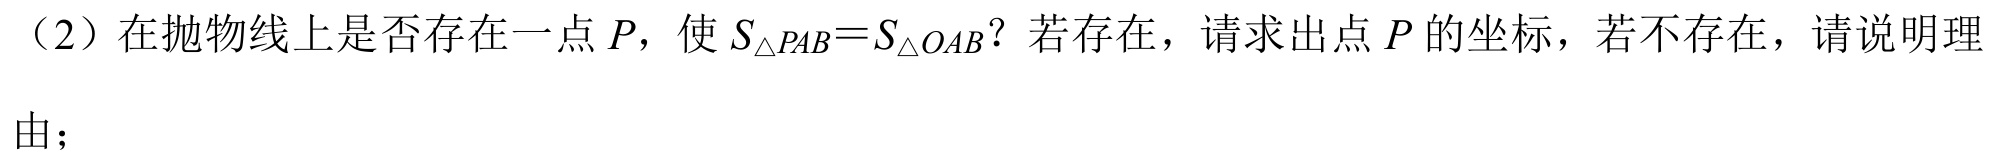
（2）在抛物线上是否存在一点\(P\)，使\(S_{\triangle PAB}=S_{\triangle OAB}\)？若存在，请求出点\(P\)的坐标，若不存在，请说明理
由；